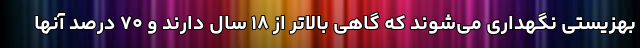
بهزیستی نگهداری می‌شوند که گاهی بالاتر از ۱۸ سال دارند و ۷۰ درصد آنها